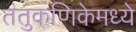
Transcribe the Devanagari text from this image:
तंतुकणिकेमध्ये